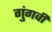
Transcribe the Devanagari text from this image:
गुंगवीं